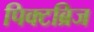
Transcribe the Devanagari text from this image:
पिक्टब्रिज